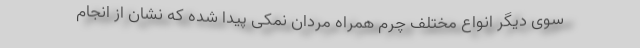
سوی دیگر انواع مختلف چرم همراه مردان نمکی پیدا شده که نشان از انجام